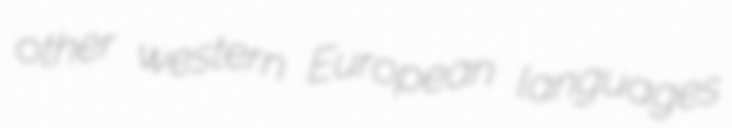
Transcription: other western European languages